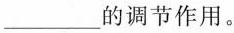
___的调节作用。